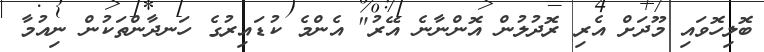
ބޮލިހޮވައި މޫދަށް އެރި ރޮދުލުން އޮންނާނެ އޭރު" އެންމެ ކުޑައިރުގެ ހަނދާންތަކުން ނިއުމާ